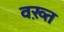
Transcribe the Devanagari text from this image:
वख़्त